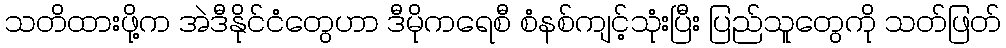
သတိထားဖို့က အဲဒီနိုင်ငံတွေဟာ ဒီမိုကရေစီ စံနစ်ကျင့်သုံးပြီး ပြည်သူတွေကို သတ်ဖြတ်